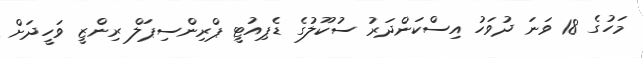
މަހުގެ 18 ވަަނަ ދުވަހު އިސްކަންދަރު ސުކޫލުގެ ޑެޕިއުޓީ ޕްރިންސިޕަލް ރިންޒީ ވަހީދަށް